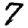
Digit: 7